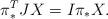
LaTeX: \begin{align*} \pi^T_* J X = I \pi_* X.\end{align*}